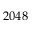
2 0 4 8